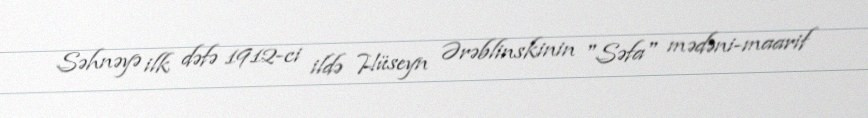
Səhnəyə ilk dəfə 1912-ci ildə Hüseyn Ərəblinskinin "Səfa" mədəni-maarif